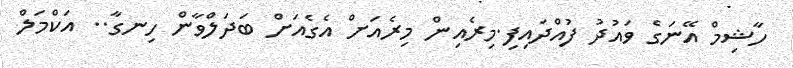
ހާޝިމް އޭނަގެ ވައުދު ފުއްދައިފި.މިރެއިން މިރެއަށް އެގެއަށް ބަދަލްވާން ހިނގާ.. އަކްމަލް